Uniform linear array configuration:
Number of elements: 32
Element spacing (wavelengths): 0.75
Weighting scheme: cosine
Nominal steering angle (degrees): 30
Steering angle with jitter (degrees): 28.467
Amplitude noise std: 0.05
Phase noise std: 0.05

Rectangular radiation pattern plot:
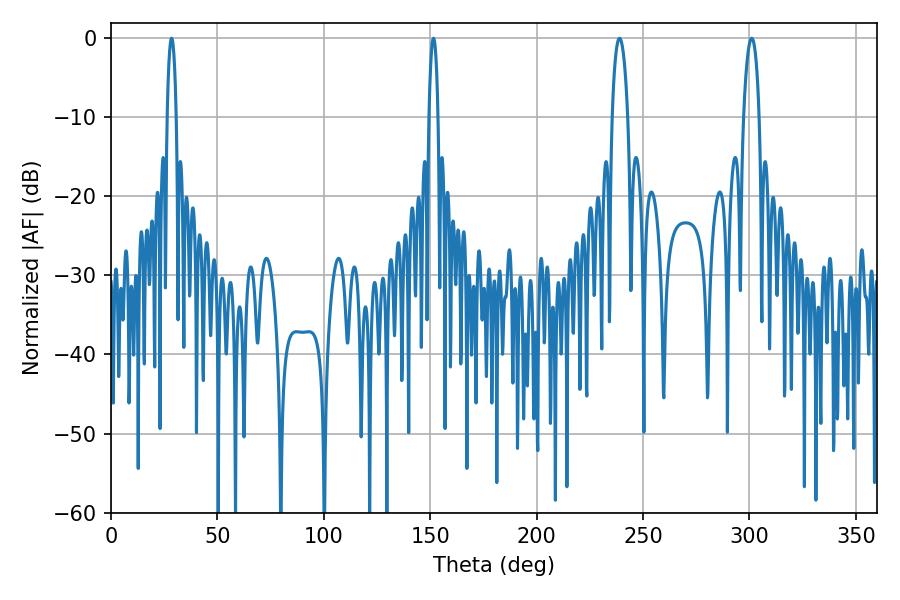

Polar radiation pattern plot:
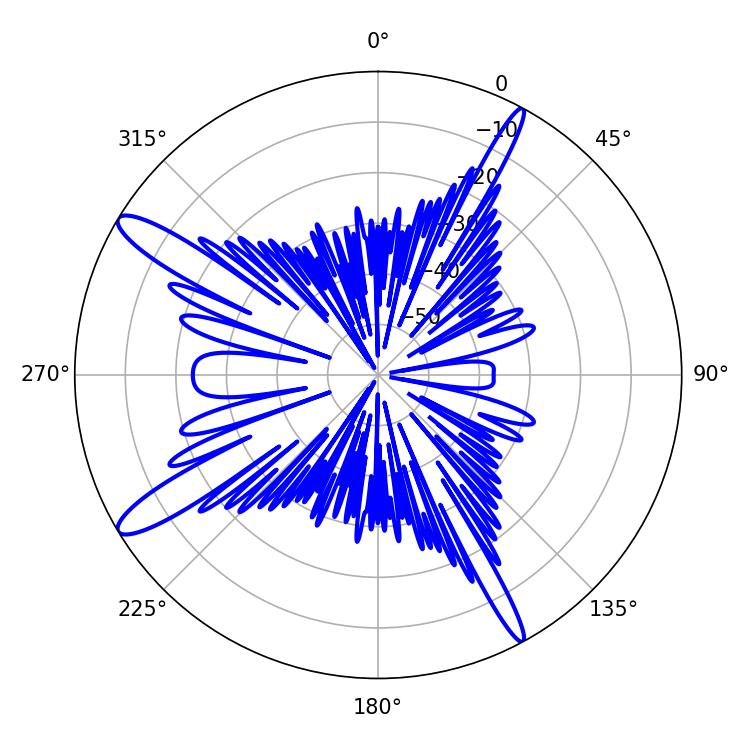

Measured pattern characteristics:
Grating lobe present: TRUE
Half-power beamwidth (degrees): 2.34
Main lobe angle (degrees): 28.44